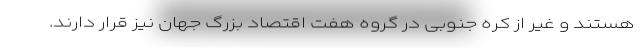
هستند و غیر از کره جنوبی در گروه هفت اقتصاد بزرگ جهان نیز قرار دارند.